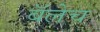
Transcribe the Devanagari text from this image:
बॅलेच